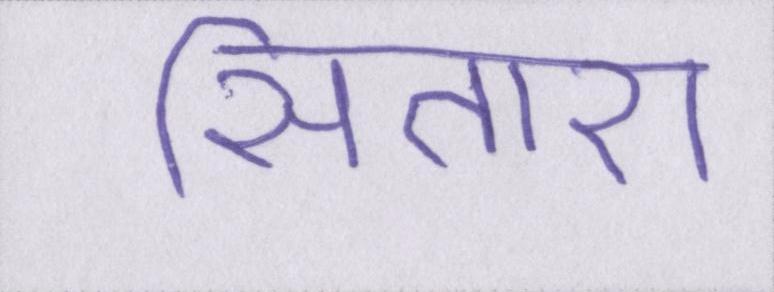
सितारा